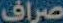
صراف